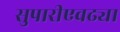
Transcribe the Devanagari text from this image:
सुपारीएवढ्या